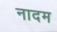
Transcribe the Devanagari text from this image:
नादम